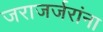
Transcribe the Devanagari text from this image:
जराजर्जरांना